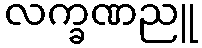
လက္ခဏညူ